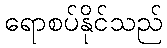
ရောစပ်နိုင်သည်